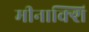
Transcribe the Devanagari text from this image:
मीनाक्शि